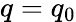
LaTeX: q=q_{0}